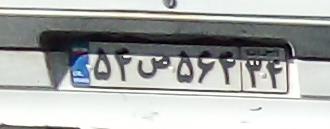
۵۴ص۵۶۴۳۴